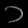
Digit: ၁